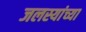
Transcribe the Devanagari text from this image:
जलस्यांच्या